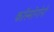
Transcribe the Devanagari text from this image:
कॉस्मोगोनी